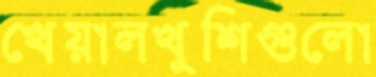
খেয়ালখুশিগুলো